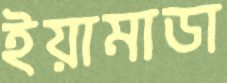
ইয়ামাডা